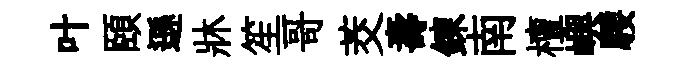
叶頤遜牀笙哥茭壽鍊南檀嶼騕